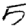
Digit: 5